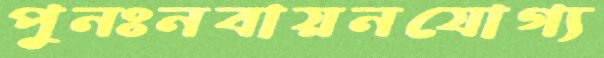
পুনঃনবায়নযোগ্য